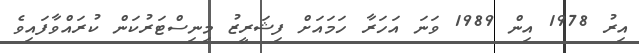
އިރު 1978 އިން 1989 ވަނަ އަހަރާ ހަމައަށް ފިޝަރީޒު މިނިސްޓަރުކަން ކުރައްވާފައިވެ